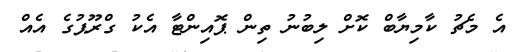
އެ މެޗު ކާމިޔާބް ކޮށް ލިބުނު ތިން ޕޮއިންޓާ އެކު ގްރޫޕުގެ އެއް